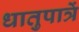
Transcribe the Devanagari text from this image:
धातुपात्रें